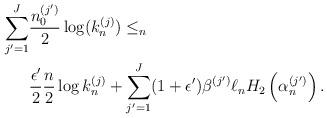
LaTeX: \begin{align*} \sum_{j'=1}^J & \frac{n_0^{(j')}}{2} \log ( k_n^{(j)} ) \leq_n \\ & \frac{\epsilon'}{2} \frac{n}{2} \log k_n^{(j)} + \sum_{j'=1}^J (1+\epsilon') \beta^{(j')} \ell_n H_2 \left( \alpha_n^{(j')} \right) . \end{align*}